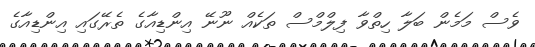
ވެސް މަމެން ބަލާ ހިތްވާ ފިލްމްސް ތަކެއް ނޫނޭ އިންޑިއާގެ ތެރޭގައި އިންޑިއާގެ